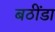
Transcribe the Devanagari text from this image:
बठींडा